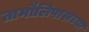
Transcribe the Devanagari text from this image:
तामौलिपासच्या